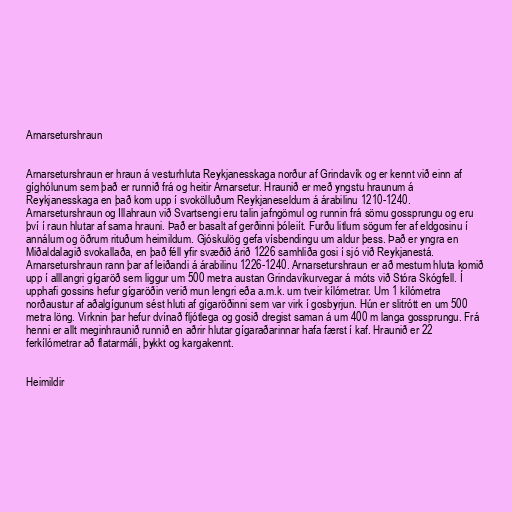
Arnarseturshraun

Arnarseturshraun er hraun á vesturhluta Reykjanesskaga norður af Grindavík og er kennt við einn af
gíghólunum sem það er runnið frá og heitir Arnarsetur. Hraunið er með yngstu hraunum á
Reykjanesskaga en það kom upp í svokölluðum Reykjaneseldum á árabilinu 1210-1240.
Arnarseturshraun og Illahraun við Svartsengi eru talin jafngömul og runnin frá sömu gossprungu og eru
því í raun hlutar af sama hrauni. Það er basalt af gerðinni þóleiít. Furðu litlum sögum fer af eldgosinu í
annálum og öðrum rituðum heimildum. Gjóskulög gefa vísbendingu um aldur þess. Það er yngra en
Miðaldalagið svokallaða, en það féll yfir svæðið árið 1226 samhliða gosi í sjó við Reykjanestá.
Arnarseturshraun rann þar af leiðandi á árabilinu 1226-1240. Arnarseturshraun er að mestum hluta komið
upp í alllangri gígaröð sem liggur um 500 metra austan Grindavíkurvegar á móts við Stóra Skógfell. Í
upphafi gossins hefur gígaröðin verið mun lengri eða a.m.k. um tveir kílómetrar. Um 1 kílómetra
norðaustur af aðalgígunum sést hluti af gígaröðinni sem var virk í gosbyrjun. Hún er slitrótt en um 500
metra löng. Virknin þar hefur dvínað fljótlega og gosið dregist saman á um 400 m langa gossprungu. Frá
henni er allt meginhraunið runnið en aðrir hlutar gígaraðarinnar hafa færst í kaf. Hraunið er 22
ferkílómetrar að flatarmáli, þykkt og kargakennt.

Heimildir